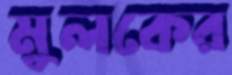
মুলকের